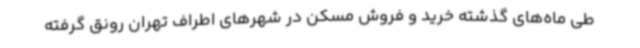
طی ماه‌های گذشته خرید و فروش مسکن در شهرهای اطراف تهران رونق گرفته